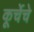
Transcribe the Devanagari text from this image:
कूर्चेचे